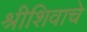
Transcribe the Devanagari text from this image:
श्रीशिवाचे